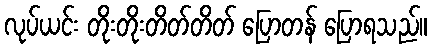
လုပ်ယင်း တိုးတိုးတိတ်တိတ် ပြောတန် ပြောရသည်။